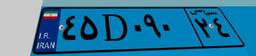
۴۵D۰۹۰۲۴